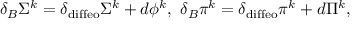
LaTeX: \delta _ { B } \Sigma ^ { k } = \delta _ { \mathrm { d i f f e o } } \Sigma ^ { k } + d \phi ^ { k } , ~ \delta _ { B } \pi ^ { k } = \delta _ { \mathrm { d i f f e o } } \pi ^ { k } + d \Pi ^ { k } ,